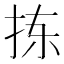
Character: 拣